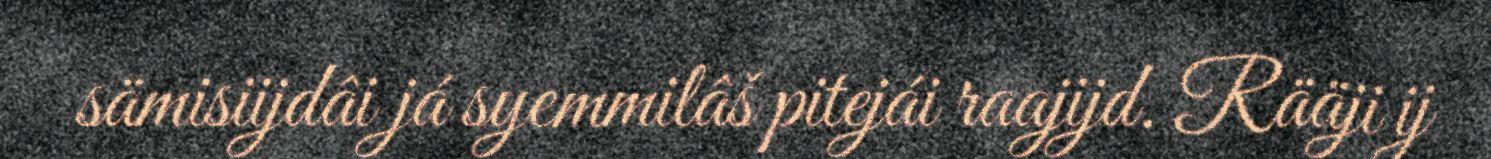
sämisiijdâi já syemmilâš pitejái raajijd. Rääji ij